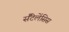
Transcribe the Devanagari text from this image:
सैंटेलेंसिस